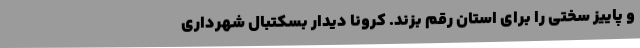
و پاییز سختی را برای استان رقم بزند. کرونا دیدار بسکتبال شهرداری